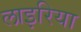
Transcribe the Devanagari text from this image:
लाइरिया